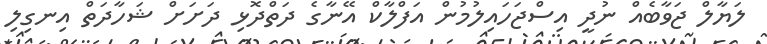
ލަޔާލް ޖަވާބެއް ނުދީ އިސްޖަހައިލުމުން އަފްލާކް އޭނާގެ ދަތްދޮޅި ދަށަށް ޝަހާދަތް އިނގިލި